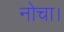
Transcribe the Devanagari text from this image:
नोचा।